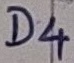
Text: D4